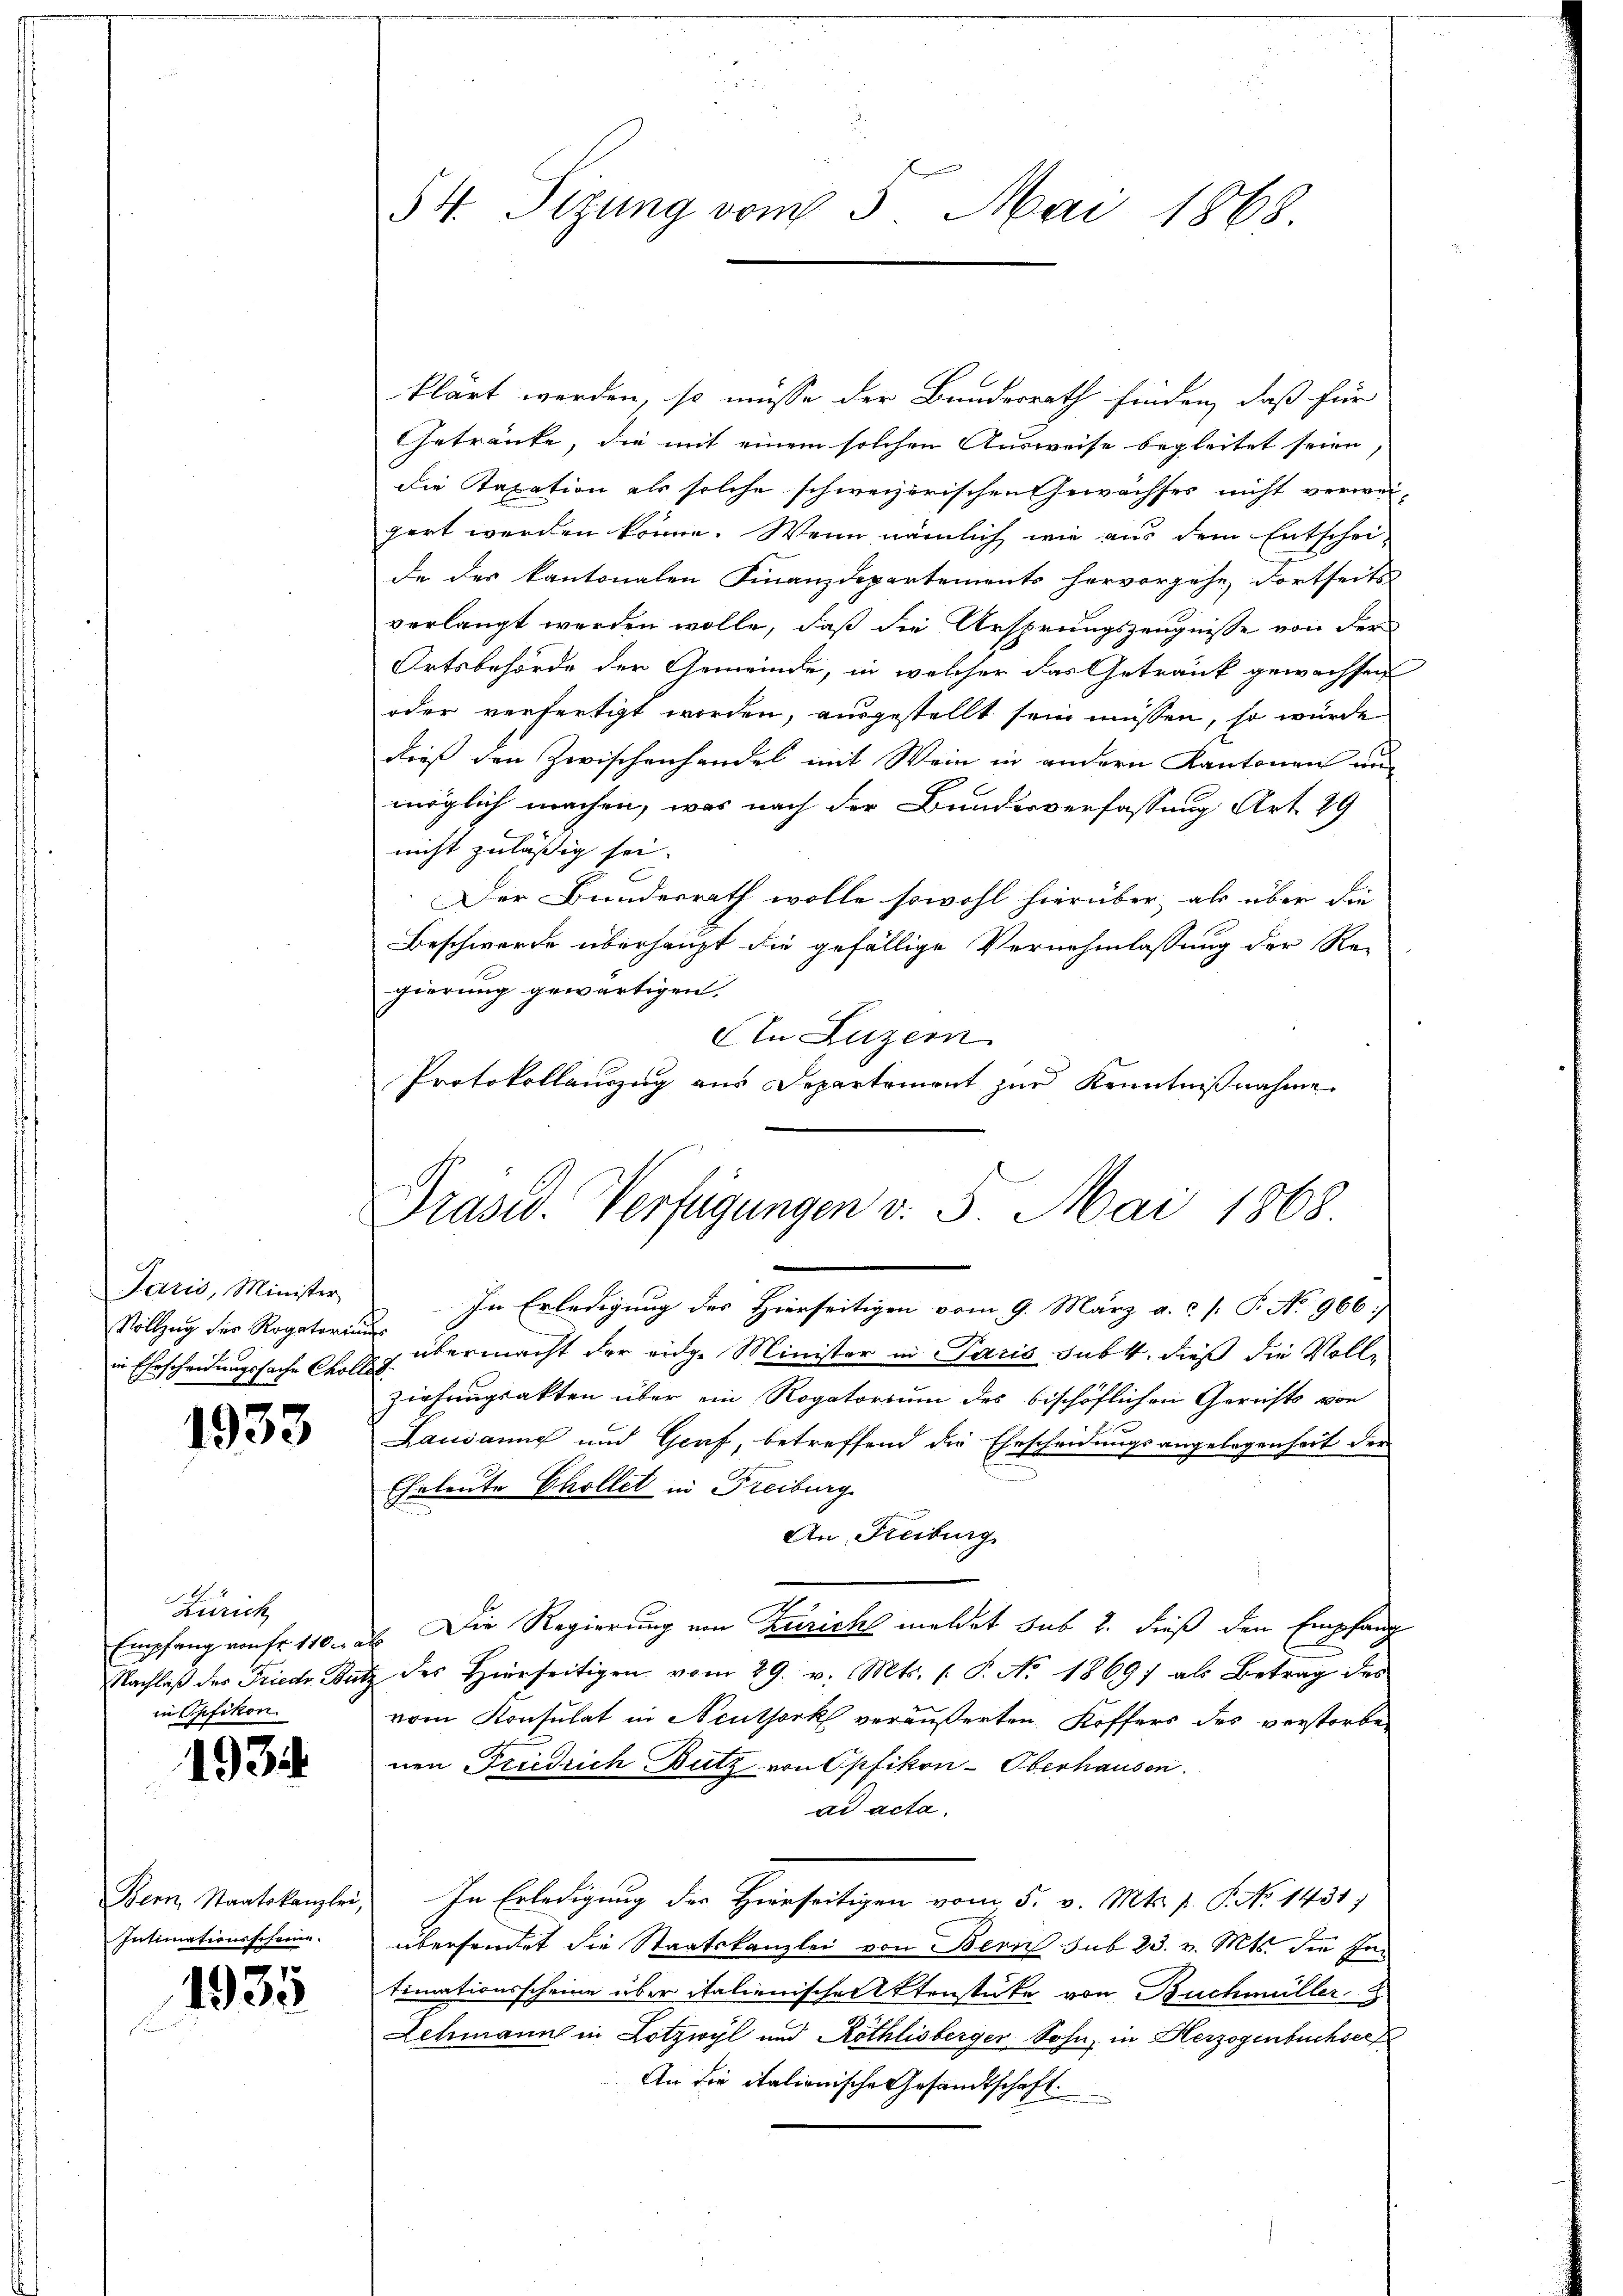
Jaris, Minister
Vollzug des Rogatoriu
in Ehescheidungssache Cholle

1953

Zürich
Empfang von fr. 110 a
Nachlaß des Friedr. Bütz
in Opfikon

1934.

Bern Staatskanzlei,
Intimationsscheine.

1935

54. Sizung vom 5. Mai 1868.

klärt werden, so müsse der Bundesrath finden, daß für
GGetränke, die mit einem solchen Ausweise begleitet seien
die Taxation als solche schweizerischen Gewächses nicht verwei-
pert werden könne. Wenn nämlich wie aus dem Entschei-
de der kantonalen Finanzdepartements hervorgehe, dortseits
verlangt werden wolle, daß die Ursprungszeugnisse von der
Ortsbehörde der Gemeinde, in welcher das Getränk gewachsen
oder verfertigt worden, ausgestellt sein müssen, so wurde
dieß den Zwischenhandel mit Wein in andern Kantonen un
möglich machen, was nach der Bundesverfassung Art. 29
nicht zulässig sei.
Der Bundesrath wolle sowohl hierüber als über die
Beschwerde überhaupt die gefällige Vernehmlassung der Re-
gierung gewärtigen.
An Luzern
Protokollauszug aus Departement zur Kenntnißnahme
In Erledigung des Hierseitigen vom 9. März a.c. /: P. No 966.
 übermacht der eidg. Minister in Paris subt, dieß die Volle
Ziehungsakten über ein Rogatorium des bischöflichen Gerichts von
Lausanne und Graf, betreffend die Ehescheidungsangelegenheit der
Eheleute Chollet in Freiburg
An Freiburg
". Die Regierung von Züricht meldet sub 2. dieß den Empfang
des Hierseitigen vom 29. v. Mts. (T. No 1869] als Betrag des
vom Konsulat in Neuthork veräußerten Koffers des verstorben
nen Friedrich Butz von Opfikon-Oberhausen.
ad acta.
In Erledigung des Herrseitigen vom 5. v. Mts. p. P. No 1431)
übersendet die Staatskanzlei von Bern sub 23. v. Mts. die Intimationsscheine über italienischen Aktenstüke von Buchmüller
Achmann in Lotzwyl und Röthlisberger Sohn, in Herzogenbuchsee
An die italienische Gesandtschaft.

Präsid. Verfügungen v. 5. Mai 1868